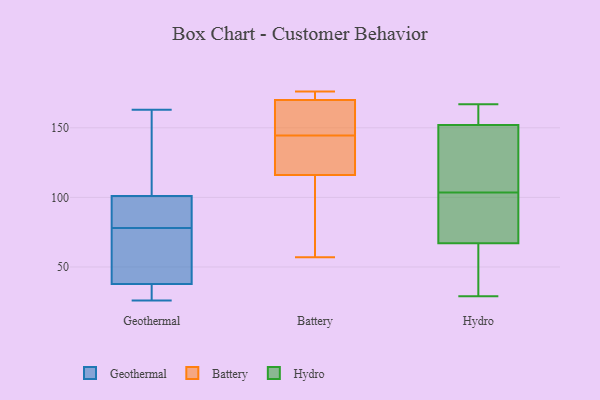
{"axis": {"x": "Satisfaction Score", "y": "Value"}, "legend": ["Battery", "Geothermal", "Hydro"], "data": [{"x": "", "y": 86, "type": "Geothermal"}, {"x": "", "y": 38, "type": "Geothermal"}, {"x": "", "y": 30, "type": "Geothermal"}, {"x": "", "y": 152, "type": "Geothermal"}, {"x": "", "y": 26, "type": "Geothermal"}, {"x": "", "y": 37, "type": "Geothermal"}, {"x": "", "y": 163, "type": "Geothermal"}, {"x": "", "y": 78, "type": "Geothermal"}, {"x": "", "y": 98, "type": "Geothermal"}, {"x": "", "y": 71, "type": "Geothermal"}, {"x": "", "y": 60, "type": "Geothermal"}, {"x": "", "y": 110, "type": "Geothermal"}, {"x": "", "y": 82, "type": "Geothermal"}, {"x": "", "y": 176, "type": "Battery"}, {"x": "", "y": 140, "type": "Battery"}, {"x": "", "y": 129, "type": "Battery"}, {"x": "", "y": 149, "type": "Battery"}, {"x": "", "y": 174, "type": "Battery"}, {"x": "", "y": 116, "type": "Battery"}, {"x": "", "y": 157, "type": "Battery"}, {"x": "", "y": 96, "type": "Battery"}, {"x": "", "y": 57, "type": "Battery"}, {"x": "", "y": 170, "type": "Battery"}, {"x": "", "y": 112, "type": "Hydro"}, {"x": "", "y": 152, "type": "Hydro"}, {"x": "", "y": 167, "type": "Hydro"}, {"x": "", "y": 29, "type": "Hydro"}, {"x": "", "y": 38, "type": "Hydro"}, {"x": "", "y": 74, "type": "Hydro"}, {"x": "", "y": 67, "type": "Hydro"}, {"x": "", "y": 129, "type": "Hydro"}, {"x": "", "y": 95, "type": "Hydro"}, {"x": "", "y": 153, "type": "Hydro"}]}